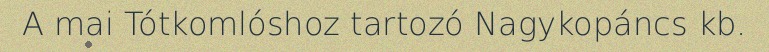
A mai Tótkomlóshoz tartozó Nagykopáncs kb.